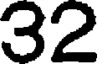
32